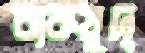
বাকযুদ্